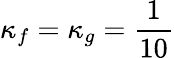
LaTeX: \kappa_{f}=\kappa_{g}=\frac{1}{10}